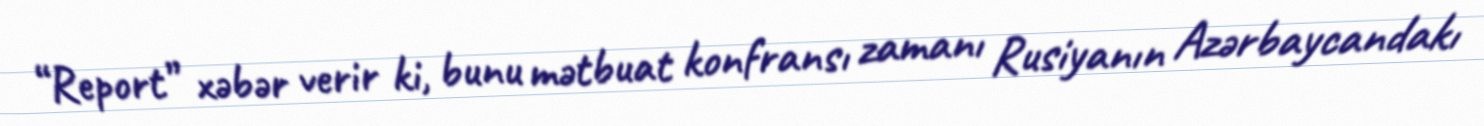
“Report” xəbər verir ki, bunu mətbuat konfransı zamanı Rusiyanın Azərbaycandakı